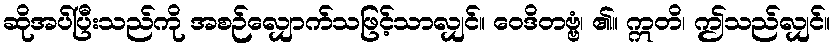
ဆိုအပ်ပြီးသည်ကို အစဉ်လျှောက်သဖြင့်သာလျှင်။ ဝေဒိတဗ္ဗံ၊ ၏။ ဣတိ၊ ဤသည်လျှင်။